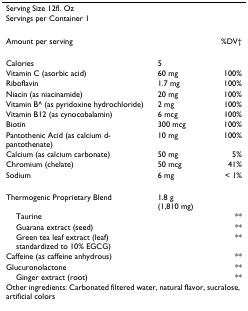
<table><thead><tr><td><b>Serving Size 12fl. Oz</b></td><td></td><td></td></tr><tr><td><b>Servings per Container 1</b></td><td></td><td></td></tr></thead><tbody><tr><td>Amount per serving</td><td></td><td>%DV†</td></tr><tr><td>Calories</td><td>5</td><td></td></tr><tr><td>Vitamin C (asorbic acid)</td><td>60 mg</td><td>100%</td></tr><tr><td>Riboflavin</td><td>1.7 mg</td><td>100%</td></tr><tr><td>Niacin (as niacinamide)</td><td>20 mg</td><td>100%</td></tr><tr><td>Vitamin B^ (as pyridoxine hydrochloride)</td><td>2 mg</td><td>100%</td></tr><tr><td>Vitamin B12 (as cynocobalamin)</td><td>6 mcg</td><td>100%</td></tr><tr><td>Biotin</td><td>300 mcg</td><td>100%</td></tr><tr><td>Pantothenic Acid (as calcium d-pantothenate)</td><td>10 mg</td><td>100%</td></tr><tr><td>Calcium (as calcium carbonate)</td><td>50 mg</td><td>5%</td></tr><tr><td>Chromium (chelate)</td><td>50 mcg</td><td>41%</td></tr><tr><td>Sodium</td><td>6 mg</td><td>&lt; 1%</td></tr><tr><td>Thermogenic Proprietary Blend</td><td>1.8 g (1,810 mg)</td><td></td></tr><tr><td> Taurine</td><td></td><td>**</td></tr><tr><td> Guarana extract (seed)</td><td></td><td>**</td></tr><tr><td> Green tea leaf extract (leaf) standardized to 10% EGCG)</td><td></td><td>**</td></tr><tr><td>Caffeine (as caffeine anhydrous)</td><td></td><td>**</td></tr><tr><td>Glucuronolactone</td><td></td><td>**</td></tr><tr><td> Ginger extract (root)</td><td></td><td>**</td></tr><tr><td colspan="3">Other ingredients: Carbonated filtered water, natural flavor, sucralose, artificial colors</td></tr></tbody></table>